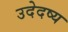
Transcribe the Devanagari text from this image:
उदेदष्य